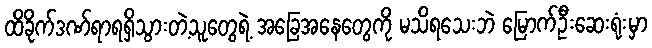
ထိခိုက်ဒဏ်ရာရရှိသွားတဲ့သူတွေရဲ့ အခြေအနေတွေကို မသိရသေးဘဲ မြောက်ဦးဆေးရုံးမှာ